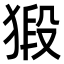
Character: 𭸞